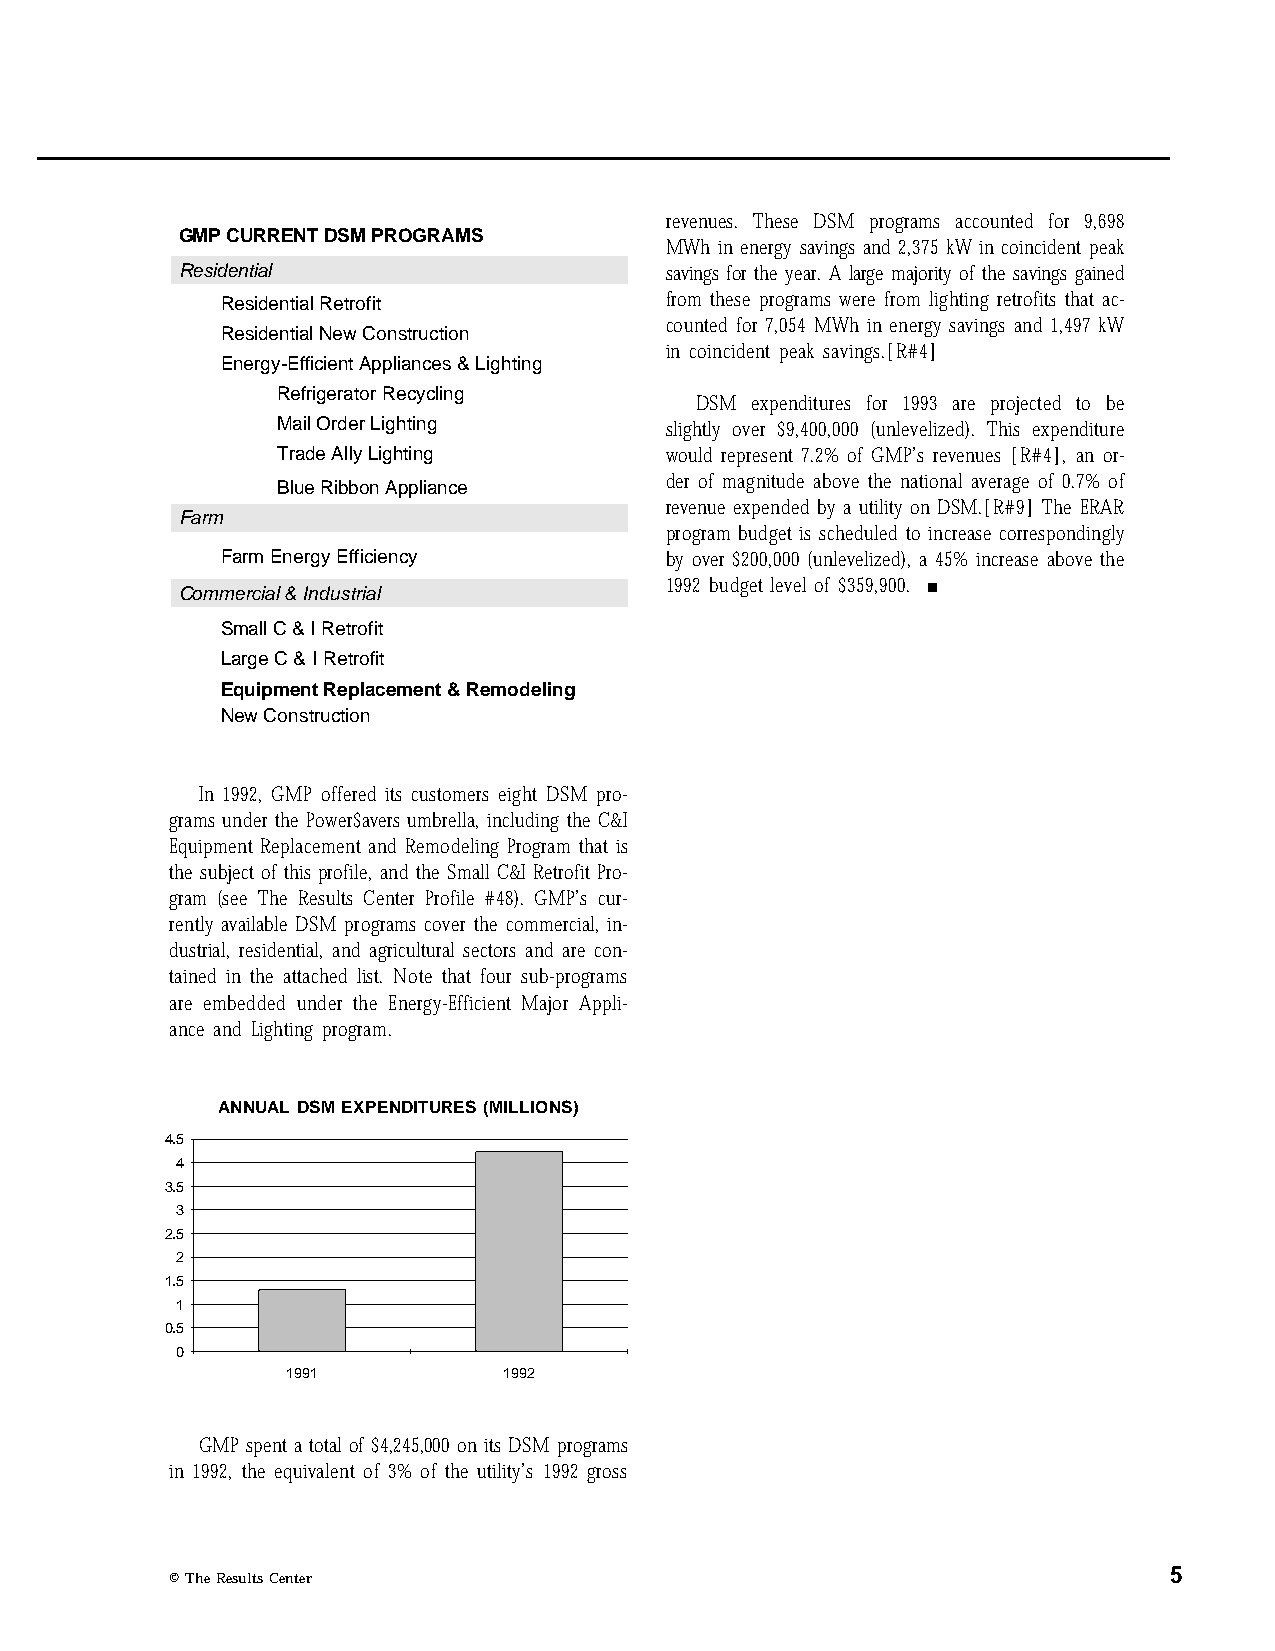
revenues. These DSM programs accounted for 9,698
 GMP CURRENT DSM PROGRAMS
 MWh in energy savings and 2,375 kW in coincident peak
 Residential                     savings for the year. A large majority of the savings gained
 Residential Retrofit         from these programs were from lighting retrofits that ac-
 counted for 7,054 MWh in energy savings and 1,497 kW
 Residential New Construction
 in coincident peak savings.[R#4]
 Energy-Efficient Appliances & Lighting
 Refrigerator Recycling
 DSM expenditures for 1993 are projected to be
 Mail Order Lighting       slightly over $9,400,000 (unlevelized). This expenditure
 Trade Ally Lighting       would represent 7.2% of GMP’s revenues [R#4], an or-
 Blue Ribbon Appliance     der of magnitude above the national average of 0.7% of
 revenue expended by a utility on DSM.[R#9] The ERAR
 Farm
 program budget is scheduled to increase correspondingly
 Farm Energy Efficiency       by over $200,000 (unlevelized), a 45% increase above the
 Commercial & Industrial         1992 budget level of $359,900. n
 Small C & I Retrofit
 Large C & I Retrofit
 Equipment Replacement & Remodeling
 New Construction
 In 1992, GMP offered its customers eight DSM pro-
 grams under the Power$avers umbrella, including the C&I
 Equipment Replacement and Remodeling Program that is
 the subject of this profile, and the Small C&I Retrofit Pro-
 gram (see The Results Center Profile #48). GMP’s cur-
 rently available DSM programs cover the commercial, in-
 dustrial, residential, and agricultural sectors and are con-
 tained in the attached list. Note that four sub-programs
 are embedded under the Energy-Efficient Major Appli-
 ance and Lighting program.
 ANNUAL DSM EXPENDITURES (MILLIONS)
 4.5
 4
 3.5
 3
 2.5
 2
 1.5
 1
 0.5
 0
 1991          1992
 GMP spent a total of $4,245,000 on its DSM programs
 in 1992, the equivalent of 3% of the utility’s 1992 gross
 5
 © The Results Center